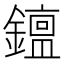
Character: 𨬧